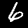
Label: 6